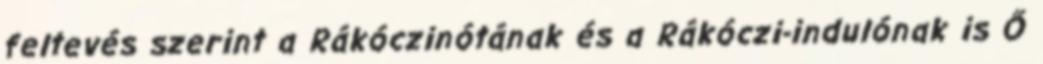
feltevés szerint a Rákóczinótának és a Rákóczi-indulónak is Ő